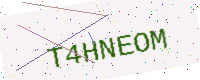
Text: T4HNEOM